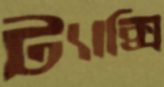
ট্যাক্সি